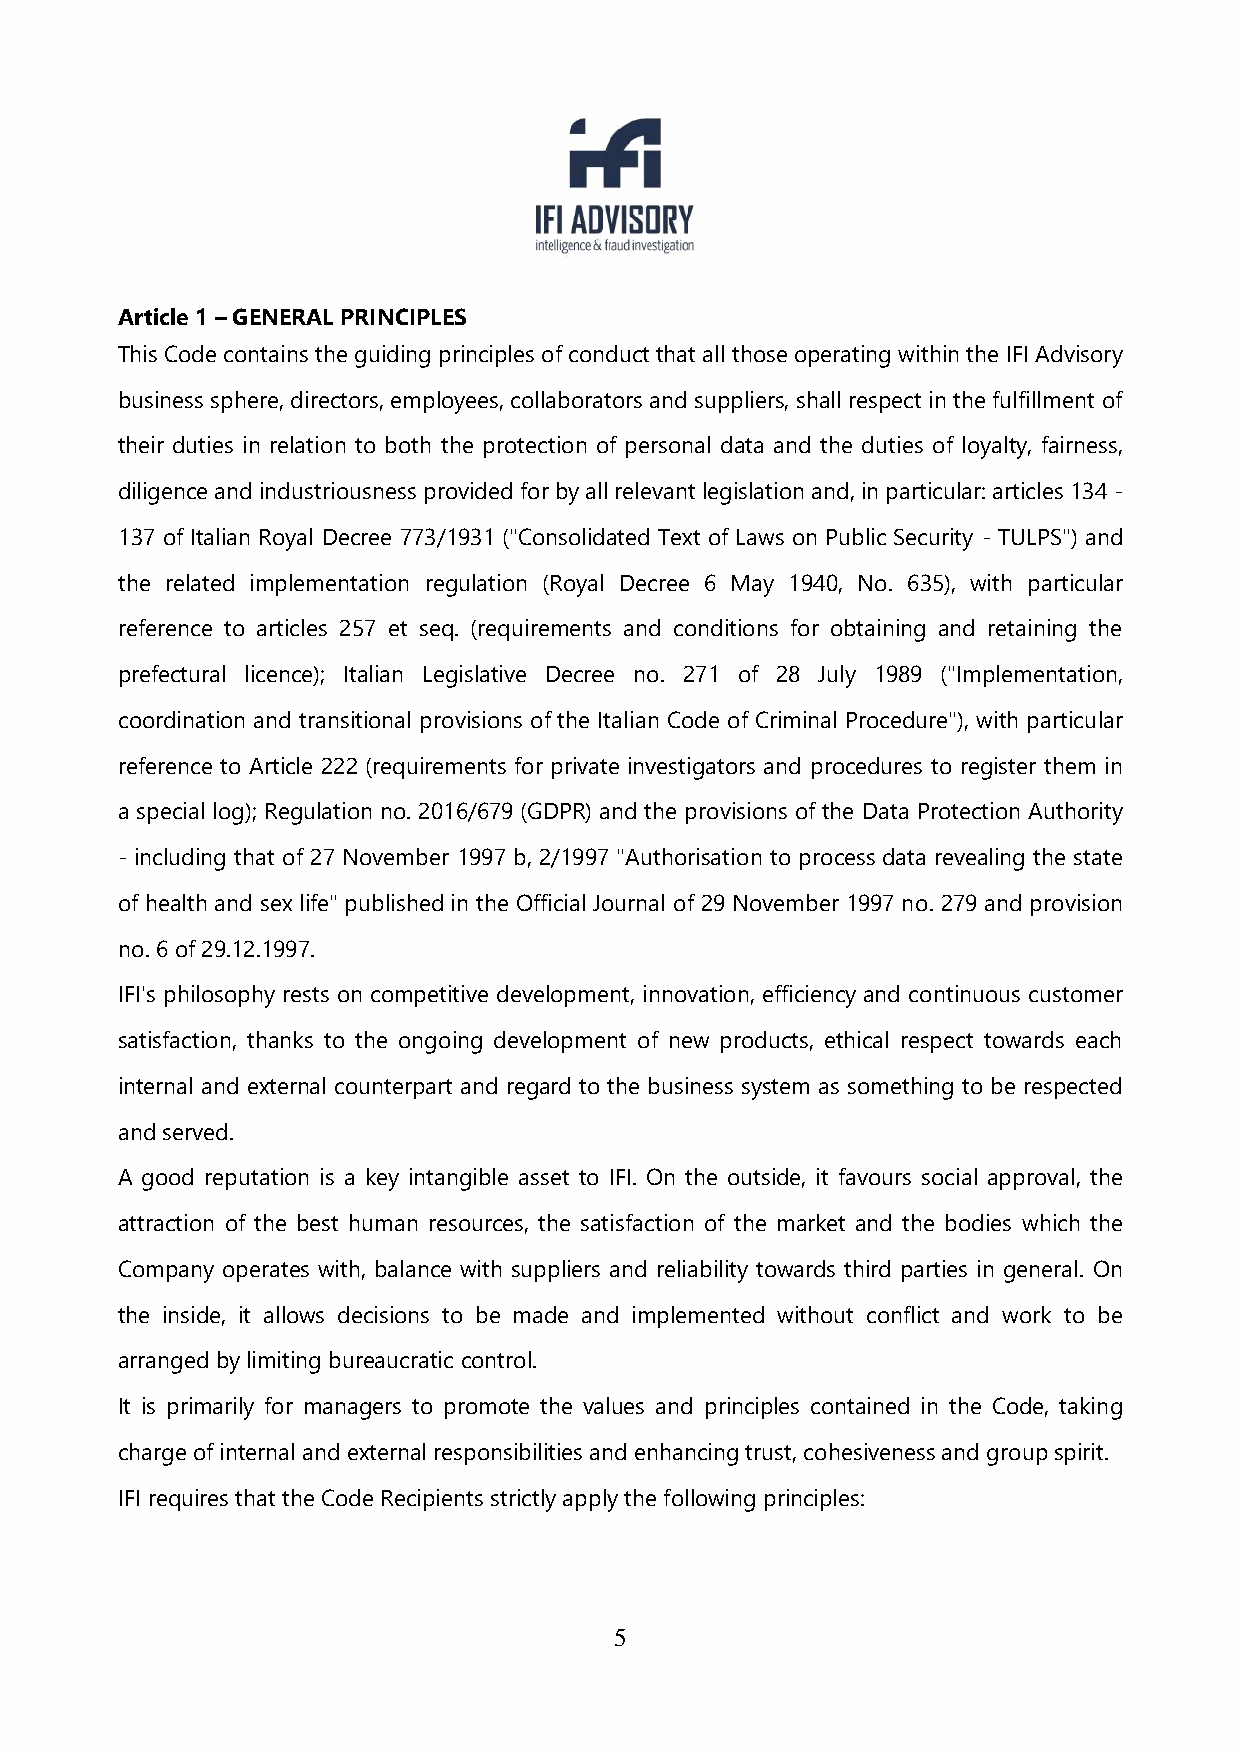
Article 1 – GENERAL PRINCIPLES
 This Code contains the guiding principles of conduct that all those operating within the IFI Advisory
 business sphere, directors, employees, collaborators and suppliers, shall respect in the fulfillment of
 their duties in relation to both the protection of personal data and the duties of loyalty, fairness,
 diligence and industriousness provided for by all relevant legislation and, in particular: articles 134 -
 137 of Italian Royal Decree 773/1931 ("Consolidated Text of Laws on Public Security - TULPS") and
 the related implementation regulation (Royal Decree 6 May 1940, No. 635), with particular
 reference to articles 257 et seq. (requirements and conditions for obtaining and retaining the
 prefectural licence); Italian Legislative Decree no. 271 of 28 July 1989 ("Implementation,
 coordination and transitional provisions of the Italian Code of Criminal Procedure"), with particular
 reference to Article 222 (requirements for private investigators and procedures to register them in
 a special log); Regulation no. 2016/679 (GDPR) and the provisions of the Data Protection Authority
 - including that of 27 November 1997 b, 2/1997 "Authorisation to process data revealing the state
 of health and sex life" published in the Official Journal of 29 November 1997 no. 279 and provision
 no. 6 of 29.12.1997.
 IFI's philosophy rests on competitive development, innovation, efficiency and continuous customer
 satisfaction, thanks to the ongoing development of new products, ethical respect towards each
 internal and external counterpart and regard to the business system as something to be respected
 and served.
 A good reputation is a key intangible asset to IFI. On the outside, it favours social approval, the
 attraction of the best human resources, the satisfaction of the market and the bodies which the
 Company operates with, balance with suppliers and reliability towards third parties in general. On
 the inside, it allows decisions to be made and implemented without conflict and work to be
 arranged by limiting bureaucratic control.
 It is primarily for managers to promote the values and principles contained in the Code, taking
 charge of internal and external responsibilities and enhancing trust, cohesiveness and group spirit.
 IFI requires that the Code Recipients strictly apply the following principles:
 5